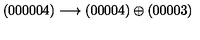
( 0 0 0 0 0 4 ) \longrightarrow ( 0 0 0 0 4 ) \oplus ( 0 0 0 0 3 )